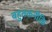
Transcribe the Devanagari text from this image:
बहुतकनीकि